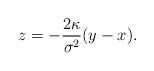
LaTeX: \begin{align*}z=-\frac{2\kappa}{\sigma^2}(y-x).\end{align*}